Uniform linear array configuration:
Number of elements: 8
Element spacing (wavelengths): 1
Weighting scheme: cosine
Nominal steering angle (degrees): -45
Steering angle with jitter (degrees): -44.449
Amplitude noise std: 0.05
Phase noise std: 0.05

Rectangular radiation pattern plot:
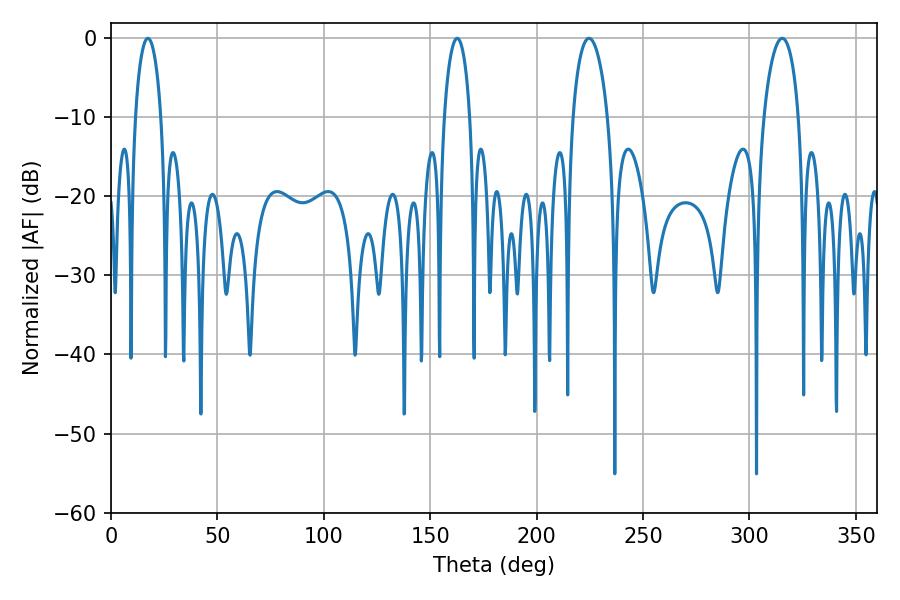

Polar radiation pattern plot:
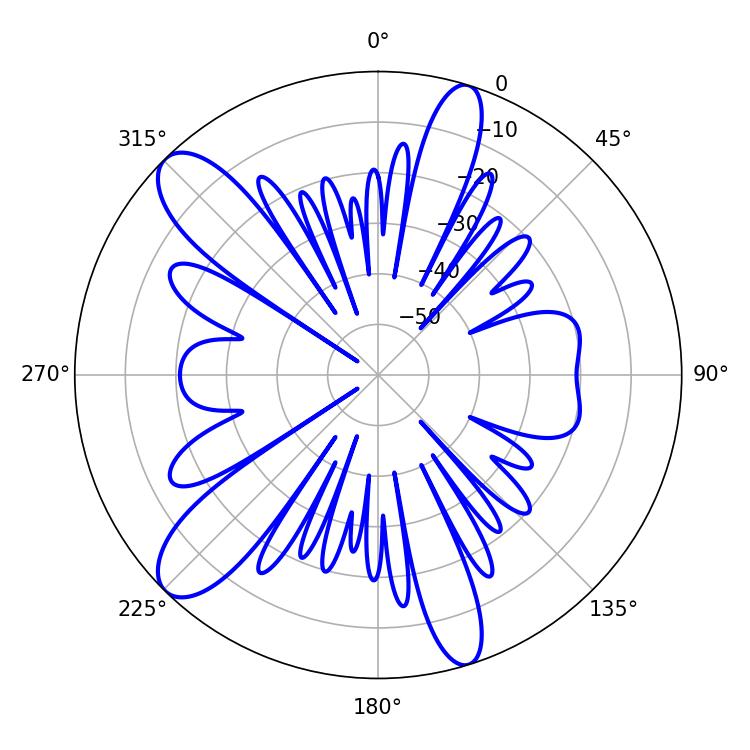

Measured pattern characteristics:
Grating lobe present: TRUE
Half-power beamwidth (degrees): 9.36
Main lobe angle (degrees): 315.36